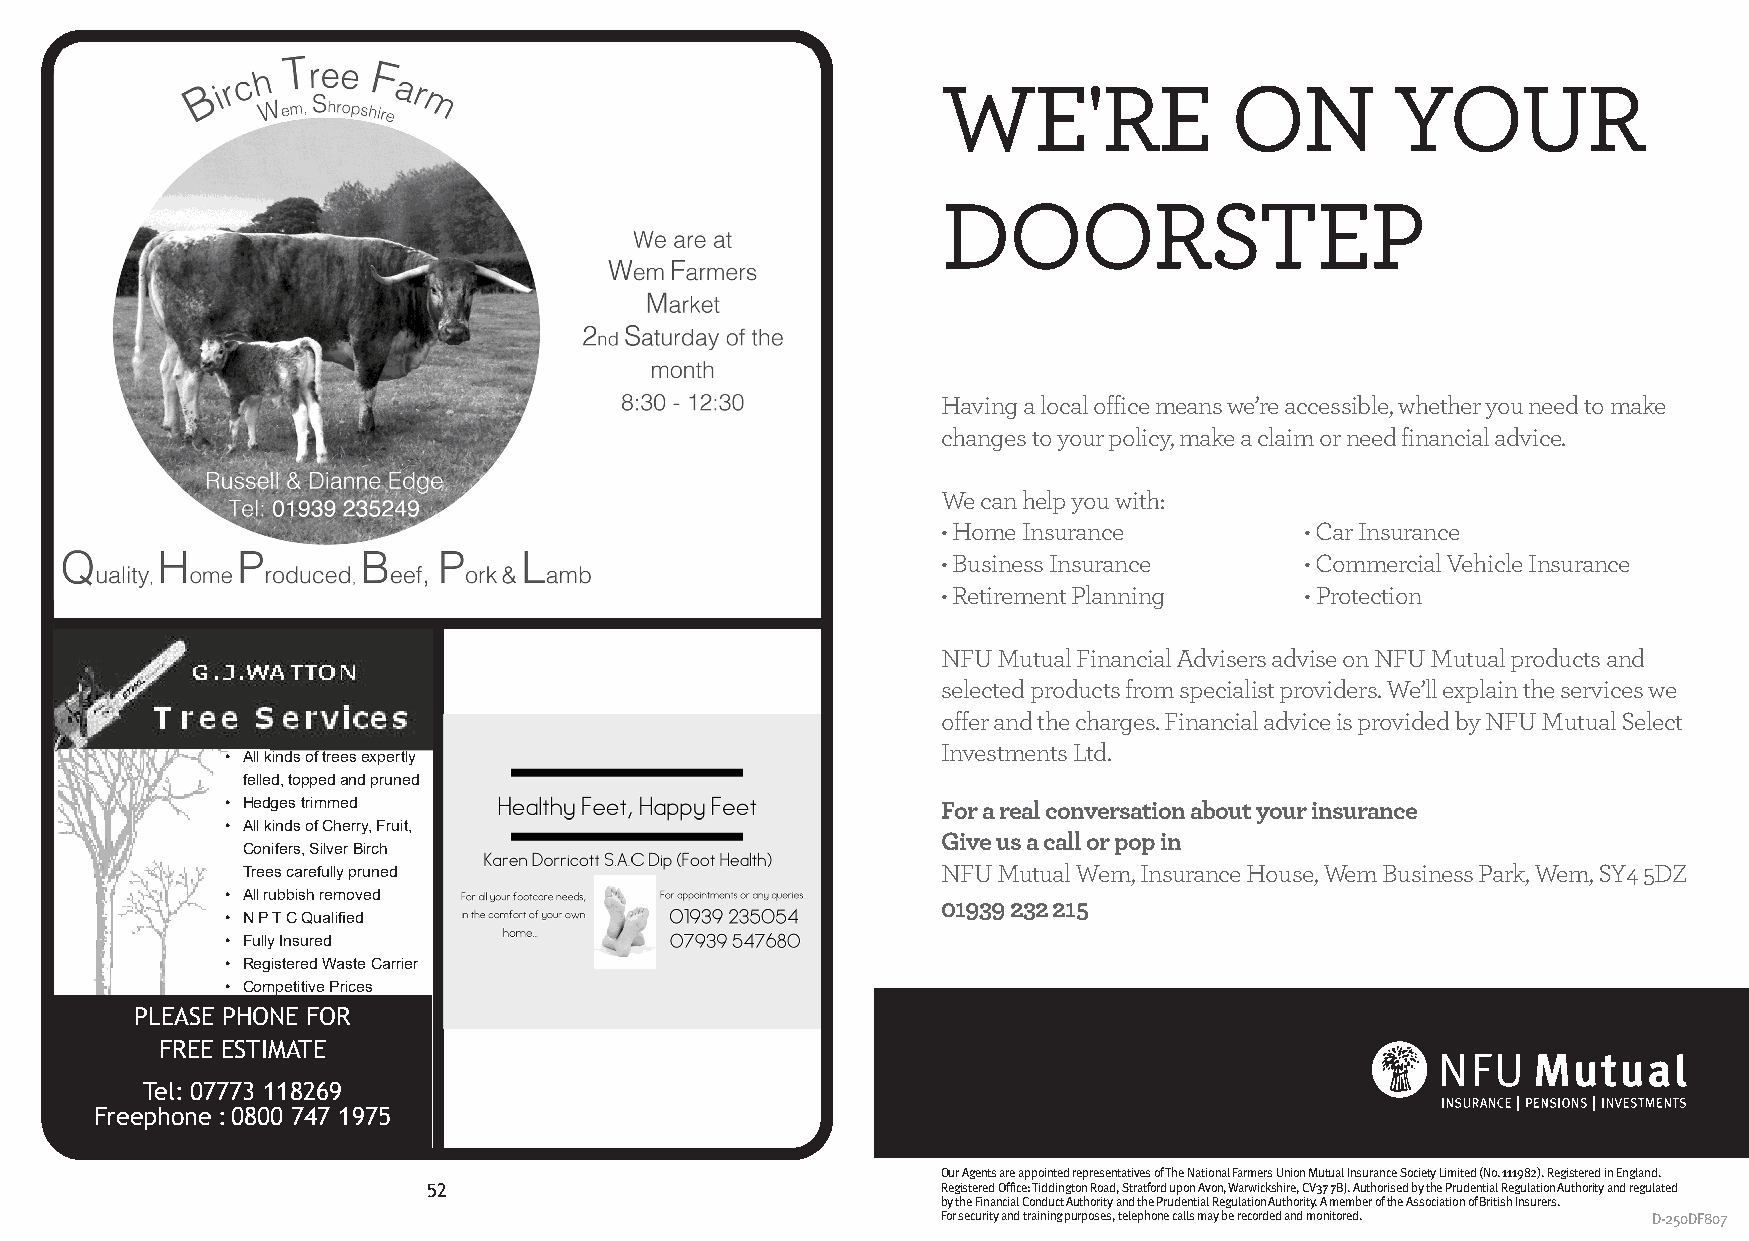
WE'RE              ON         YOUR
 DOORSTEP
 Having a local office means we’re accessible, whether you need to make
 changes to your policy, make a claim or need financial advice.
 We can help you with:
 • Home Insurance       • Car Insurance
 • Business Insurance   • Commercial Vehicle Insurance
 • Retirement Planning   • Protection
 NFU Mutual Financial Advisers advise on NFU Mutual products and
 selected products from specialist providers. We’ll explain the services we
 offer and the charges. Financial advice is provided by NFU Mutual Select
 Investments Ltd.
 • All kinds of trees expertly
 felled, topped and pruned
 • Hedges trimmed                               For a real conversation about your insurance
 • All kinds of Cherry, Fruit,
 Give us a call or pop in
 Conifers, Silver Birch
 Trees carefully pruned                        NFU Mutual Wem, Insurance House, Wem Business Park, Wem, SY4 5DZ
 • All rubbish removed
 01939 232 215
 • N P T C Qualified
 • Fully Insured
 • Registered Waste Carrier
 • Competitive Prices
 PLEASE PHONE FOR
 FREE ESTIMATE
 Tel: 07773 118269
 Freephone : 0800 747 1975
 Our Agents are appointed representatives of The National Farmers Union Mutual Insurance Society Limited (No. 111982). Registered in England.
 52                                Registered Office: Tiddington Road, Stratford upon Avon, Warwickshire, 5CV337 7BJ. Authorised by the Prudential Regulation Authority and regulated
 by the Financial Conduct Authority and the Prudential Regulation Authority. A member of the Association of British Insurers.
 For security and training purposes, telephone calls may be recorded and monitored. D-250DF807